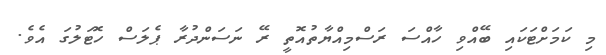
މި ކަމަށްޓަކައި ބޭއްވި ހާއްސަ ރަސްމިއްޔާތުއޮތީ ރޭ ނަސަންދުރާ ޕެލަސް ހޮޓަލުގަ އެވެ.